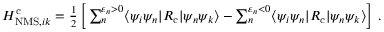
\begin{array} { r } { H _ { \mathrm { N M S } , i k } ^ { \mathrm { c } } = \frac { 1 } { 2 } \left[ \, \sum _ { n } ^ { \varepsilon _ { n } > 0 } \ensuremath { \langle \psi _ { i } \psi _ { n } | } { R } _ { \mathrm { c } } \ensuremath { | \psi _ { n } \psi _ { k } \rangle } - \sum _ { n } ^ { \varepsilon _ { n } < 0 } \ensuremath { \langle \psi _ { i } \psi _ { n } | } { R } _ { \mathrm { c } } \ensuremath { | \psi _ { n } \psi _ { k } \rangle } \right] \, . } \end{array}